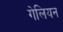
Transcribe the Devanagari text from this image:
गेलियन